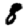
Digit: 8